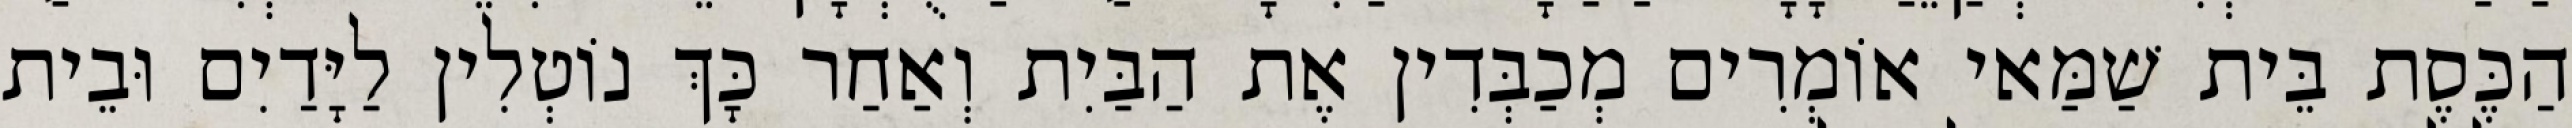
הַכֶּסֶת בֵּית שַׁמַּאי אוֹמְרִים מְכַבְּדִין אֶת הַבַּיִת וְאַחַר כָּךְ נוֹטְלִין לַיָּדַיִם וּבֵית